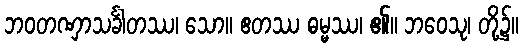
ဘဝတဏှာသင်္ခါတဿ၊ သော။ ဧတဿ ဓမ္မဿ၊ ၏။ ဘဝေသု၊ တို့၌။